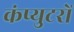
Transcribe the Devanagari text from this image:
कंप्युटरों